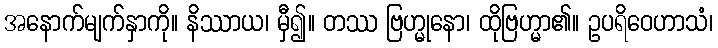
အနောက်မျက်နှာကို။ နိဿာယ၊ မှီ၍။ တဿ ဗြဟ္မုနော၊ ထိုဗြဟ္မာ၏။ ဥပရိဝေဟာသံ၊